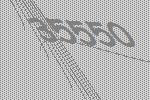
35550